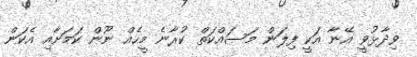
ވިދާޅުވީ އޭނާ އަކީ ފިލަން މަސައްކަތް ކުރާނެ މީހެއް ނޫން ކަމަށާއި އެކަން